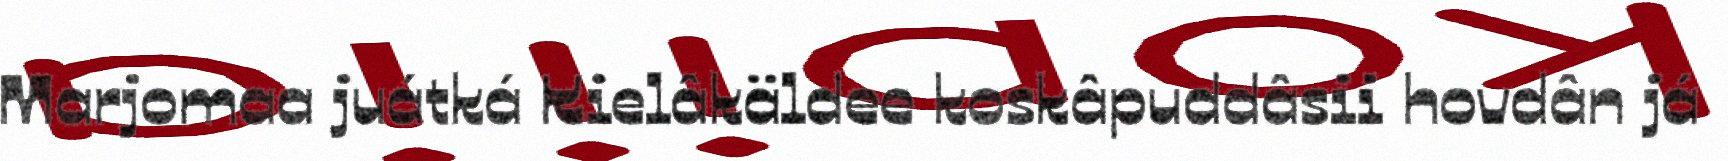
Marjomaa juátká Kielâkäldee koskâpuddâsii hovdân já